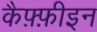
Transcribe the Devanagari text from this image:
कैफ़्फ़ीइन